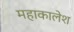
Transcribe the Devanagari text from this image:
महाकालेश